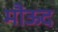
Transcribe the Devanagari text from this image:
मौऊद